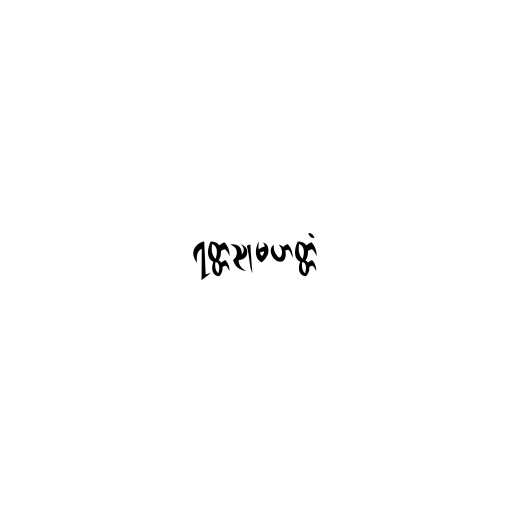
ရတ္တညုမဟတ္တံ